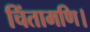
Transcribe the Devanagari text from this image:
चिंतामणि।